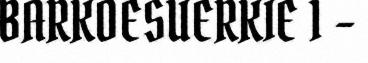
BARKOESUERKIE 1 –